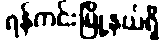
ရန်ကင်းမြို့နယ်ရှိ